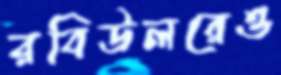
রবিউলরেও